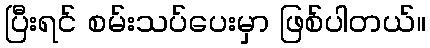
ပြီးရင် စမ်းသပ်ပေးမှာ ဖြစ်ပါတယ်။